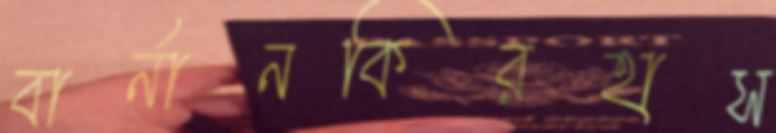
বার্নানকিরহাস